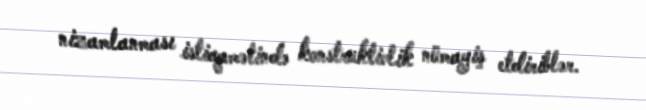
nizamlanması istiqamətində konstruktivlik nümayiş etdiriblər.